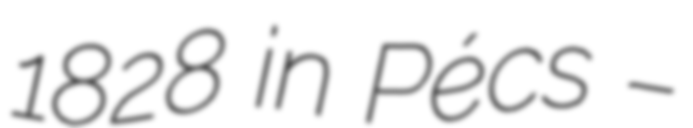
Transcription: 1828 in Pécs –